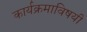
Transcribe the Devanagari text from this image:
कार्यक्रमाविषयी